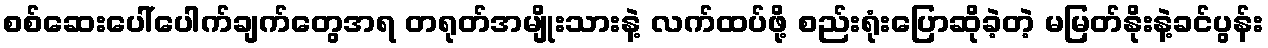
စစ်ဆေးပေါ်ပေါက်ချက်တွေအရ တရုတ်အမျိုးသားနဲ့ လက်ထပ်ဖို့ စည်းရုံးပြောဆိုခဲ့တဲ့ မမြတ်နိုးနဲ့ခင်ပွန်း